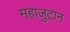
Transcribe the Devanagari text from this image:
महाजुटान